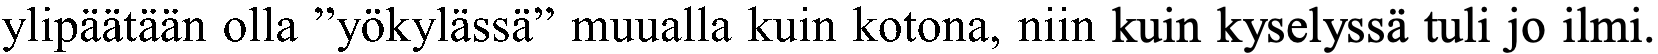
ylipäätään olla ”yökylässä” muualla kuin kotona, niin kuin kyselyssä tuli jo ilmi.